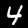
Digit: 4